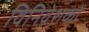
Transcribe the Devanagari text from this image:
विनिवेशकों